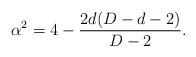
LaTeX: \begin{align*}\alpha^2=4-\frac{2d(D-d-2)}{D-2}.\end{align*}